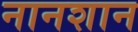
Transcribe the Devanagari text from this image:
नानशान